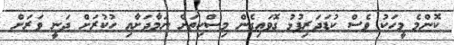
ކޮންމެ މީހަކު ވެސް ކުޑަދަރިފުޅު ގޮވައިގެން މިސްކިތަށް ނަމާދަށާއި ހުކުރަށް ދަނީ ވަރަށް